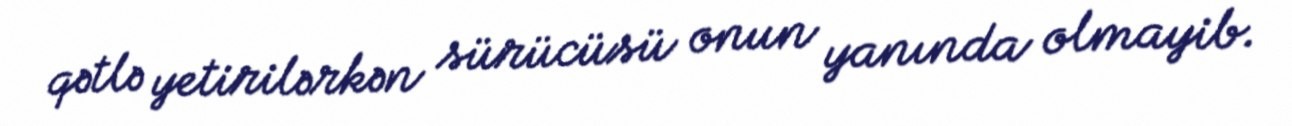
qətlə yetirilərkən sürücüsü onun yanında olmayib.